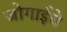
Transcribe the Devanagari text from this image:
जोगाईचे